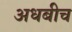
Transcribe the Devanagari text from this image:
अधबीच